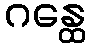
ဂန္ထေ